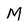
Character: M